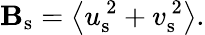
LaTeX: {\mathbf{B}}_{\mathrm{{s}}}=\left<{u}_{\mathrm{{s}}}^{\, 2}+{v}_{\mathrm{{s}}}^{\, 2}\right>.